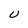
Character: U